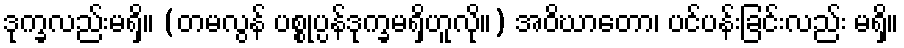
ဒုက္ခလည်းမရှိ။ (တမလွန် ပစ္စုပ္ပန်ဒုက္ခမရှိဟူလို။) အဝိဃာတော၊ ပင်ပန်းခြင်းလည်း မရှိ။